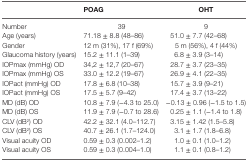
|  | POAG | OHT |
 | --- | --- | --- |
 | Number | 39 | 9 |
 | Age (years) | 71.18 ± 8.8 (48–86) | 51.0 ± 7.7 (42–68) |
 | Gender | 12 m (31%), 17 f (69%) | 5 m (56%), 4 f (44%) |
 | Glaucoma history (years) | 15.2 ± 11.1 (1–39) | 6.8 ± 3.9 (3–14) |
 | IOPmax (mmHg) OD | 34,2 ± 12,7 (20–67) | 28.7 ± 3.7 (23–35) |
 | IOPmax (mmHg) OS | 33.0 ± 12.2 (19–67) | 26.9 ± 4.1 (22–35) |
 | IOPact (mmHg) OD | 17.8 ± 6.8 (10–38) | 15.7 ± 3.9 (9–21) |
 | IOPact (mmHg) OS | 17.5 ± 5.7 (9–42) | 17.4 ± 3.7 (13–22) |
 | MD (dB) OD | 10.8 ± 7.9 (−4.3 to 25.0) | −0.13 ± 0.96 (−1.5 to 1.5) |
 | MD (dB) OS | 11.9 ± 7.9 (−0.7 to 28.6) | 0.25 ± 1.1 (−1.4 to 1.8) |
 | CLV (dB2) OD | 42.2 ± 32.1 (4.0–112.7) | 3.15 ± 1.42 (1.5–5.8) |
 | CLV (dB2) OS | 40.7 ± 26.1 (1.7–124.0) | 3.1 ± 1.7 (1.8–6.8) |
 | Visual acuity OD | 0.59 ± 0.3 (0.002–1.2) | 1.0 ± 0.1 (1.0–1.2) |
 | Visual acuity OS | 0.59 ± 0.3 (0.004–1.0) | 1.1 ± 0.1 (0.8–1.2) |